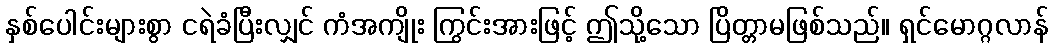
နှစ်ပေါင်းများစွာ ငရဲခံပြီးလျှင် ကံအကျိုး ကြွင်းအားဖြင့် ဤသို့သော ပြိတ္တာမဖြစ်သည်။ ရှင်မောဂ္ဂလာန်